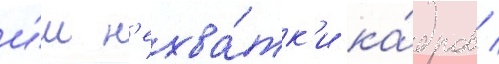
и́м н'ехва́тк'и ка́дров /